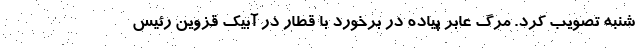
شنبه تصویب کرد. مرگ عابر پیاده در برخورد با قطار در آبیک قزوین رئیس